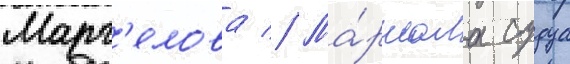
Марг'елова // Ма́ршала судца